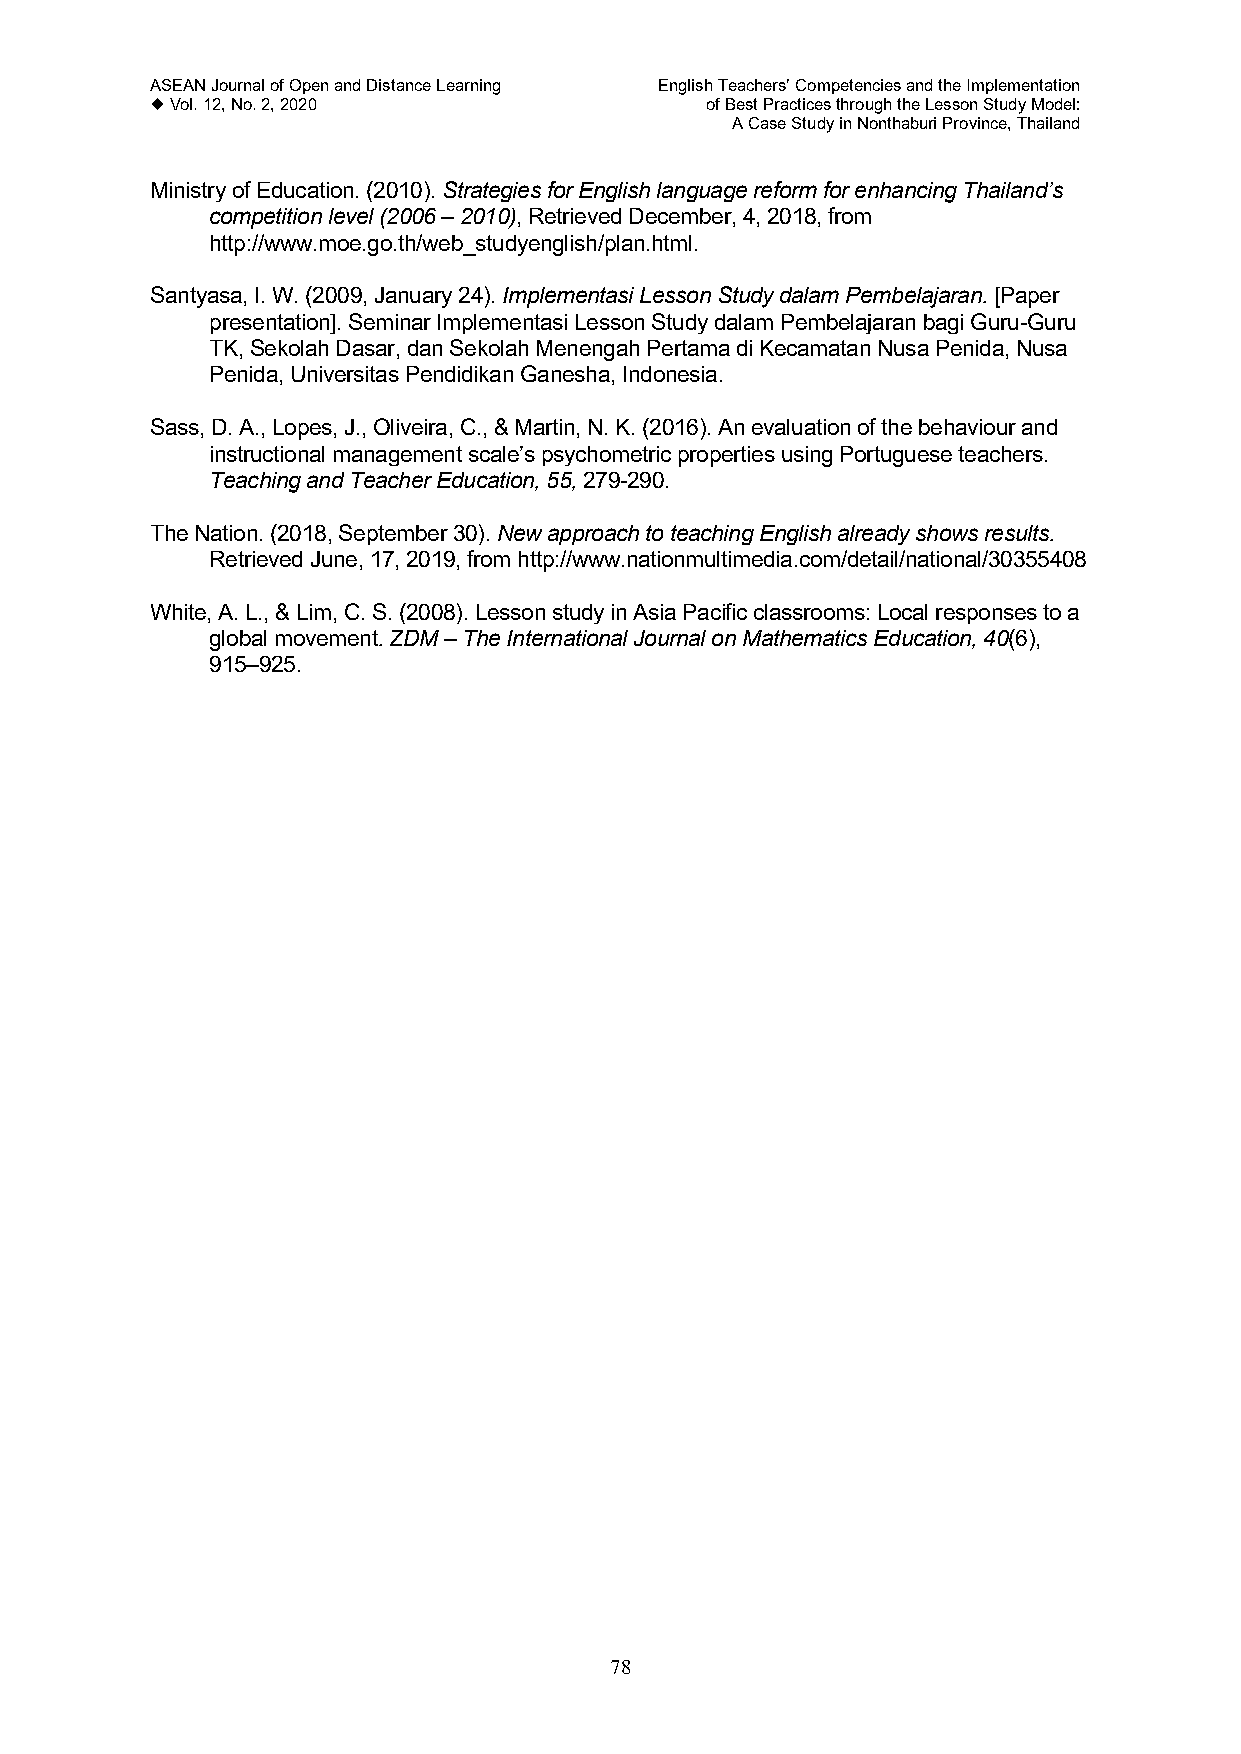
ASEAN Journal of Open and Distance Learning English Teachers’ Competencies and the Implementation
  Vol. 12, No. 2, 2020               of Best Practices through the Lesson Study Model:
 A Case Study in Nonthaburi Province, Thailand
 Ministry of Education. (2010). Strategies for English language reform for enhancing Thailand’s
 competition level (2006 – 2010), Retrieved December, 4, 2018, from
 http://www.moe.go.th/web_studyenglish/plan.html.
 Santyasa, I. W. (2009, January 24). Implementasi Lesson Study dalam Pembelajaran. [Paper
 presentation]. Seminar Implementasi Lesson Study dalam Pembelajaran bagi Guru-Guru
 TK, Sekolah Dasar, dan Sekolah Menengah Pertama di Kecamatan Nusa Penida, Nusa
 Penida, Universitas Pendidikan Ganesha, Indonesia.
 Sass, D. A., Lopes, J., Oliveira, C., & Martin, N. K. (2016). An evaluation of the behaviour and
 instructional management scale’s psychometric properties using Portuguese teachers.
 Teaching and Teacher Education, 55, 279-290.
 The Nation. (2018, September 30). New approach to teaching English already shows results.
 Retrieved June, 17, 2019, from http://www.nationmultimedia.com/detail/national/30355408
 White, A. L., & Lim, C. S. (2008). Lesson study in Asia Pacific classrooms: Local responses to a
 global movement. ZDM – The International Journal on Mathematics Education, 40(6),
 915–925.
 78